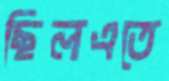
ছিলএতে